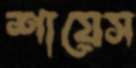
শায়েস